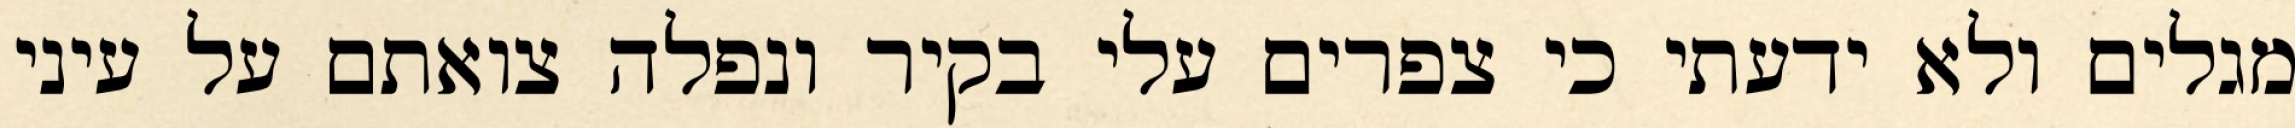
מגלים ולא ידעתי כי צפרים עלי בקיר‏ ונפלה צואתם על עיני